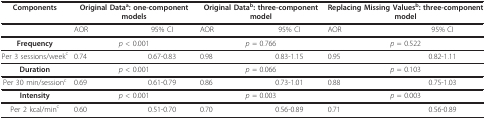
<table><thead><tr><td><b>Components</b></td><td colspan="2"><b>Original Data<sup>a</sup>: one-component models</b></td><td colspan="2"><b>Original Data<sup>b</sup>: three-component model</b></td><td colspan="2"><b>Replacing Missing Values<sup>b</sup>: three-component model</b></td></tr></thead><tbody><tr><td></td><td>AOR</td><td>95% CI</td><td>AOR</td><td>95% CI</td><td>AOR</td><td>95% CI</td></tr><tr><td><b>Frequency</b></td><td colspan="2"><i>p </i>&lt; 0.001</td><td colspan="2"><i>p </i>= 0.766</td><td colspan="2"><i>p </i>= 0.522</td></tr><tr><td>Per 3 sessions/week<sup>c</sup></td><td>0.74</td><td>0.67-0.83</td><td>0.98</td><td>0.83-1.15</td><td>0.95</td><td>0.82-1.11</td></tr><tr><td><b>Duration</b></td><td colspan="2"><i>p </i>&lt; 0.001</td><td colspan="2"><i>p </i>= 0.066</td><td colspan="2"><i>p </i>= 0.103</td></tr><tr><td>Per 30 min/session<sup>c</sup></td><td>0.69</td><td>0.61-0.79</td><td>0.86</td><td>0.73-1.01</td><td>0.88</td><td>0.75-1.03</td></tr><tr><td><b>Intensity</b></td><td colspan="2"><i>p </i>&lt; 0.001</td><td colspan="2"><i>p </i>= 0.003</td><td colspan="2"><i>p </i>= 0.003</td></tr><tr><td>Per 2 kcal/min<sup>c</sup></td><td>0.60</td><td>0.51-0.70</td><td>0.70</td><td>0.56-0.89</td><td>0.71</td><td>0.56-0.89</td></tr></tbody></table>